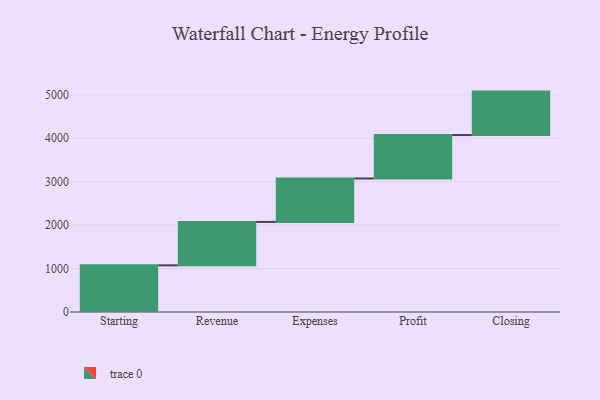
{"axis": {"x": "Step", "y": "Value"}, "legend": [""], "data": [{"x": "Starting", "y": 1074.0, "type": ""}, {"x": "Revenue", "y": 1000, "type": ""}, {"x": "Expenses", "y": 1000, "type": ""}, {"x": "Profit", "y": 1000, "type": ""}, {"x": "Closing", "y": 1000, "type": ""}]}